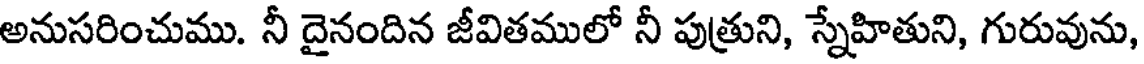
అనుసరించుము. నీ దైనందిన జీవితములో నీ పుత్రుని, స్నేహితుని, గురువును,